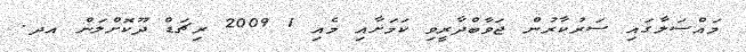
މައްސަލާގައި ސަރުކާރުން ޖަވާބްދާރީވި ކަމަށާއި މެއި 1 2009 ރިޗަޑް ދޫކޮށްލަން އދ.